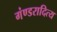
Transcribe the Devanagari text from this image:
गंण्डरादित्य